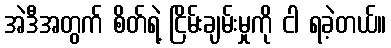
အဲဒီအတွက် စိတ်ရဲ့ ငြိမ်းချမ်းမှုကို ငါ ရခဲ့တယ်။